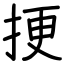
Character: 挭